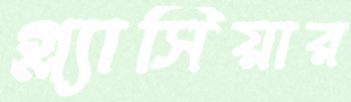
গ্ল্যাসিয়ার